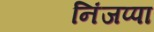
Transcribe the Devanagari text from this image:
निंजप्पा